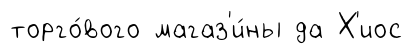
торго́вого магаз'и́ны да Х'иос